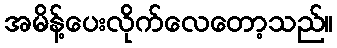
အမိန့်ပေးလိုက်လေတော့သည်။